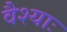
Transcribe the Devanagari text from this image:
वैश्याः